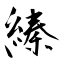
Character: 縥